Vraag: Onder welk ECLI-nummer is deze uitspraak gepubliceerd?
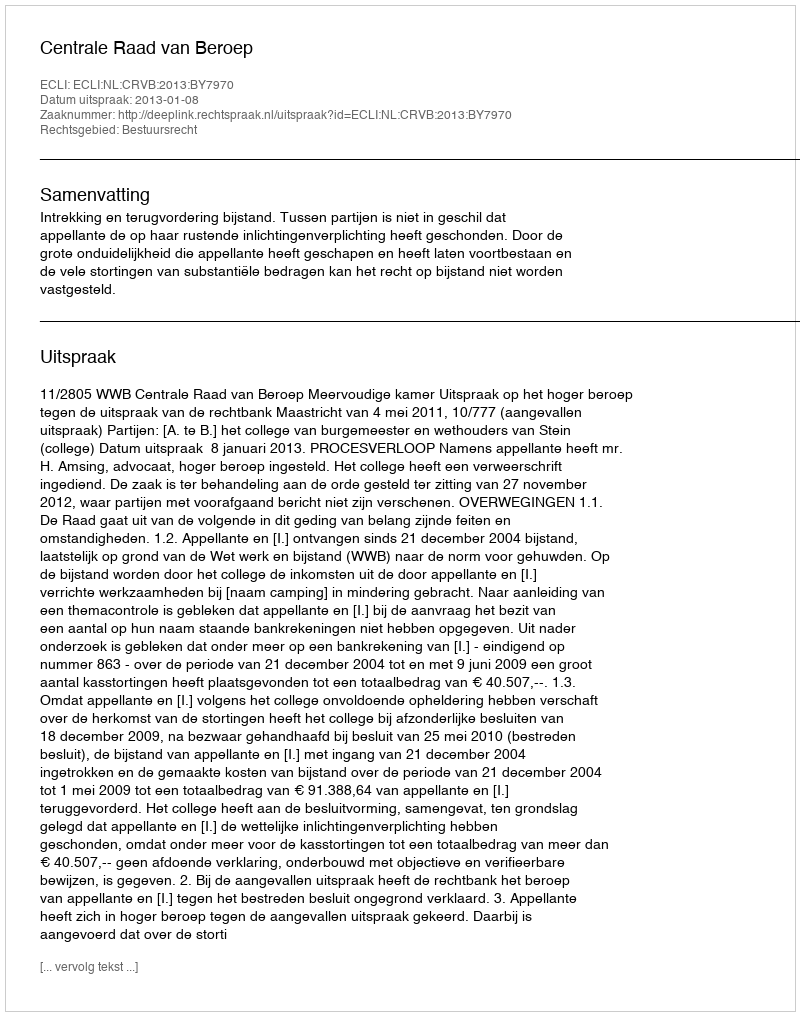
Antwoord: ECLI:NL:CRVB:2013:BY7970